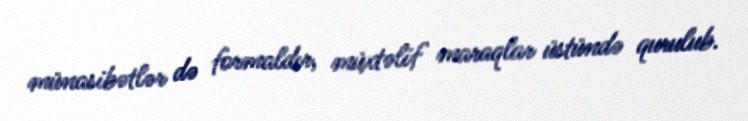
münasibətlər də formaldır, müxtəlif maraqlar üstündə qurulub.